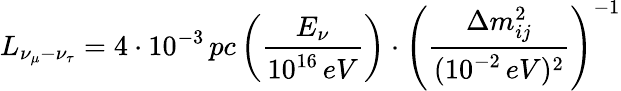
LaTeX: L_{\nu_{\mu}-\nu_{\tau}}=4\cdot 10^{-3}\, pc\left(\frac{E_{\nu}}{10^{16}\, eV}\right)\cdot\left(\frac{\Delta m_{ij}^{2}}{(10^{-2}\, eV)^{2}}\right)^{-1}